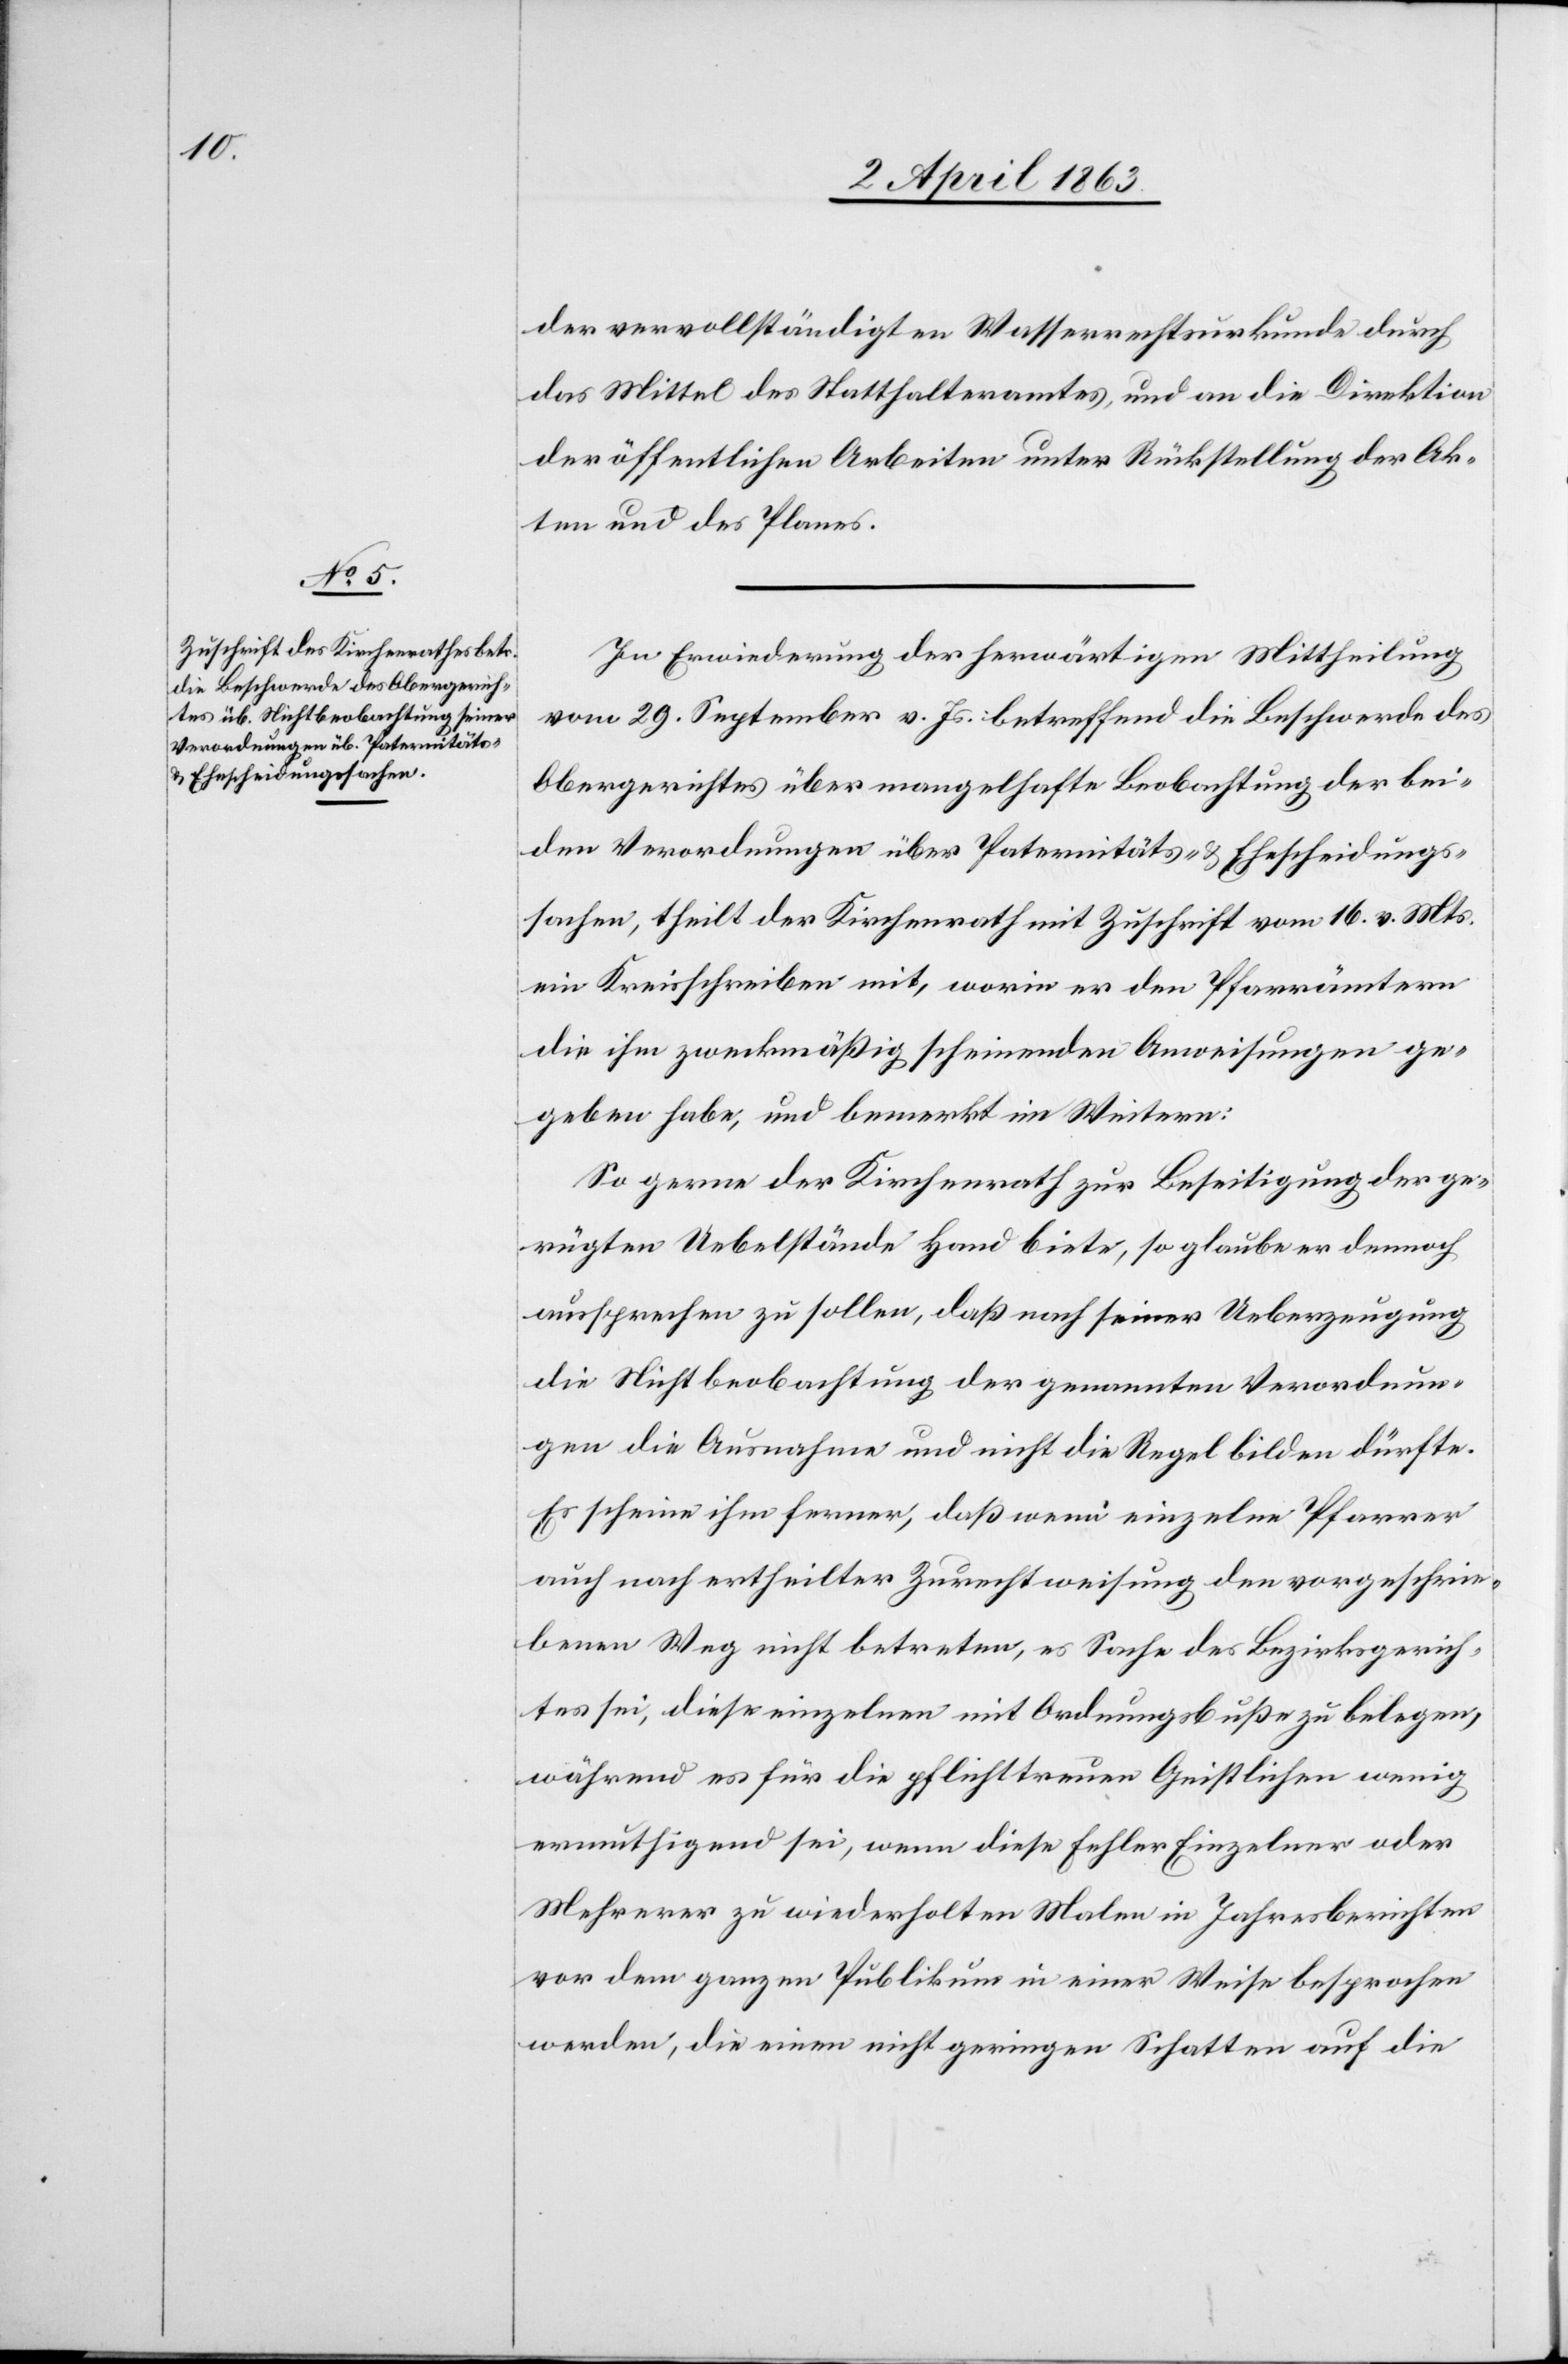
der vervollständigten Wasserrechtsurkunde durch
das Mittel des Statthalteramtes, und an die Direktion
der öffentlichen Arbeiten unter Rückstellung der Ak¬
ten und des Planes.
In Erwiederung der herwärtigen Mittheilung
vom 29. September v. Js. betreffend die Beschwerde des
Obergerichtes über mangelhafte Beobachtung der bei¬
den Verordnungen über Paternitäts- & Ehescheidungs¬
sachen, theilt der Kirchenrath mit Zuschrift vom 16. v. Mts.
ein Kreisschreiben mit, worin er den Pfarrämtern
die ihm zweckmäßig scheinenden Anweisungen ge¬
geben habe, und bemerkt im Weitern:
So gerne der Kirchenrath zur Beseitigung der ge¬
rügten Uebelstände Hand biete, so glaube er dennoch
aussprechen zu sollen, daß nach seiner Ueberzeugung
die Nichtbeobachtung der genannten Verordnun¬
gen die Ausnahme und nicht die Regel bilden dürfte.
Es scheine ihm ferner, daß wenn einzelne Pfarrer
auch nach ertheilter Zurechtweisung den vorgeschrie¬
benen Weg nicht betreten, es Sache des Bezirksgerich¬
tes sei, diese einzelnen mit Ordnungsbuße zu belegen,
während es für die pflichttreuen Geistlichen wenig
ermuthigend sei, wenn diese Fehler Einzelner oder
Mehrerer zu wiederholten Malen in Jahresberichten
vor dem ganzen Publikum in einer Weise besprochen
werden, die einen nicht geringen Schatten auf die